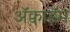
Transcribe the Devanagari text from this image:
ॲक्वाडॅम